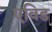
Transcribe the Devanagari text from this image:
एविड